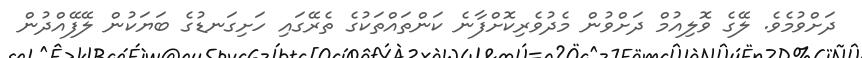
ދަށްވުމެވެ. ލޭގެ ވޮލިއުމް ދަށްވުން މެދުވެރިކޮށްފާނެ ކަންތައްތަކުގެ ތެރޭގައި ހަށިގަނޑުގެ ބަޔަކުން ލޭފޭއްދުން